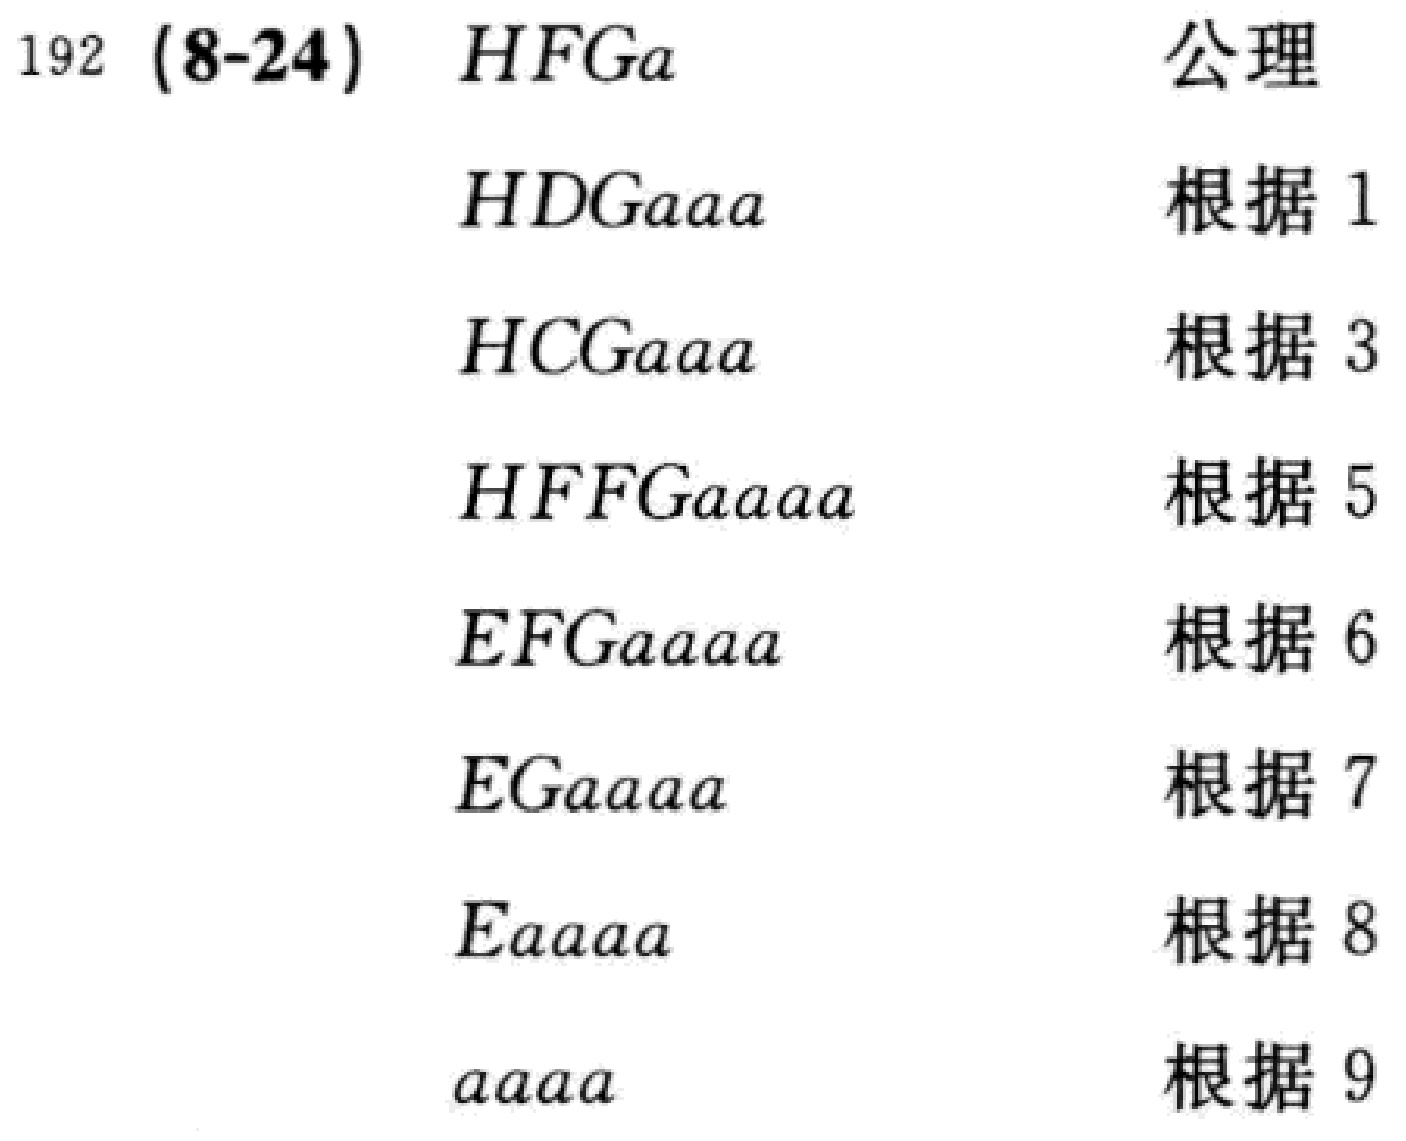
\begin{align*}

192\ (8 - 24)\ HFGa &\quad \text{公理}\\

HDGaaa &\quad \text{根据 }1\\

HCGaaa &\quad \text{根据 }3\\

HFFGaaaa &\quad \text{根据 }5\\

EFGaaaa &\quad \text{根据 }6\\

EGaaaa &\quad \text{根据 }7\\

Eaaaa &\quad \text{根据 }8\\

aaaa &\quad \text{根据 }9

\end{align*}